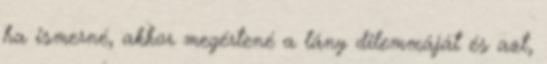
ha ismerné, akkor megértené a lány dilemmáját és azt,